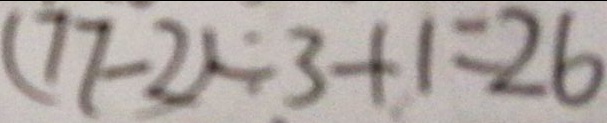
( 7 7 - 2 ) \div 3 + 1 = 2 6